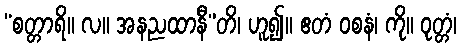
“စတ္တာရိ။ လ။ အနညထာနီ”တိ၊ ဟူ၍။ ဧတံ ဝစနံ၊ ကို။ ဝုတ္တံ၊